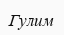
Гулим